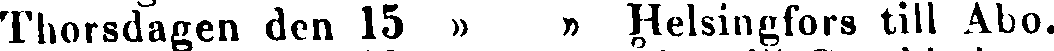
Thorsdagen den 15 » » Helsingfors till Abo.